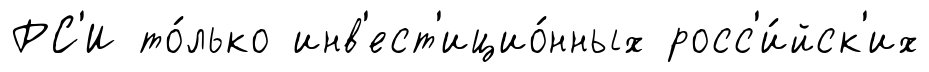
РС'И то́лько инв'ест'ицио́нных росс'и́йск'их